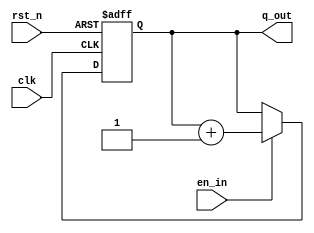
module param_up_down_counter #(parameter up_down = 1,parameter bit_size = 3) 
(input clk,
input rst_n,
input en_in,
output reg [bit_size-1:0] q_out);

always @(posedge clk,negedge rst_n ) 
begin
    if (~rst_n)
        q_out<={bit_size{1'b0}};
    else 
        if (en_in)
        begin
        if (up_down) 
            q_out<=q_out+1;
        else 
            q_out<=q_out-1;
        end
  
end
    
endmodule